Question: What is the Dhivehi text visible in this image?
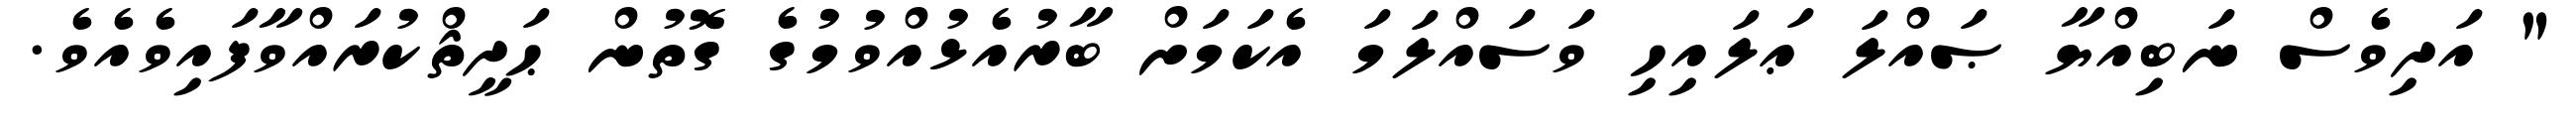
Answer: " އަދިވެސް ނަބިއްޔާ ޞައްލަ ޢަލައިހި ވަސައްލަމަ އެކަމަށް ބާރުއެޅުއްވުމުގެ ގޮތުން ޙަދީޘްކުރައްވާފައިވެއެވެ.